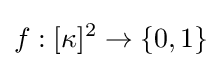
f:[\kappa ]^{2}\to \{0,1\}